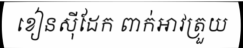
ខៀនស៊ីដែក ពាក់អាវត្រួយ